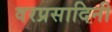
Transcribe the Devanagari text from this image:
वरप्रसादिनी